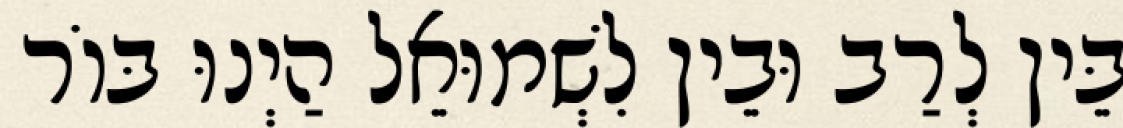
בֵּין לְרַב וּבֵין לִשְׁמוּאֵל הַיְנוּ בּוֹר